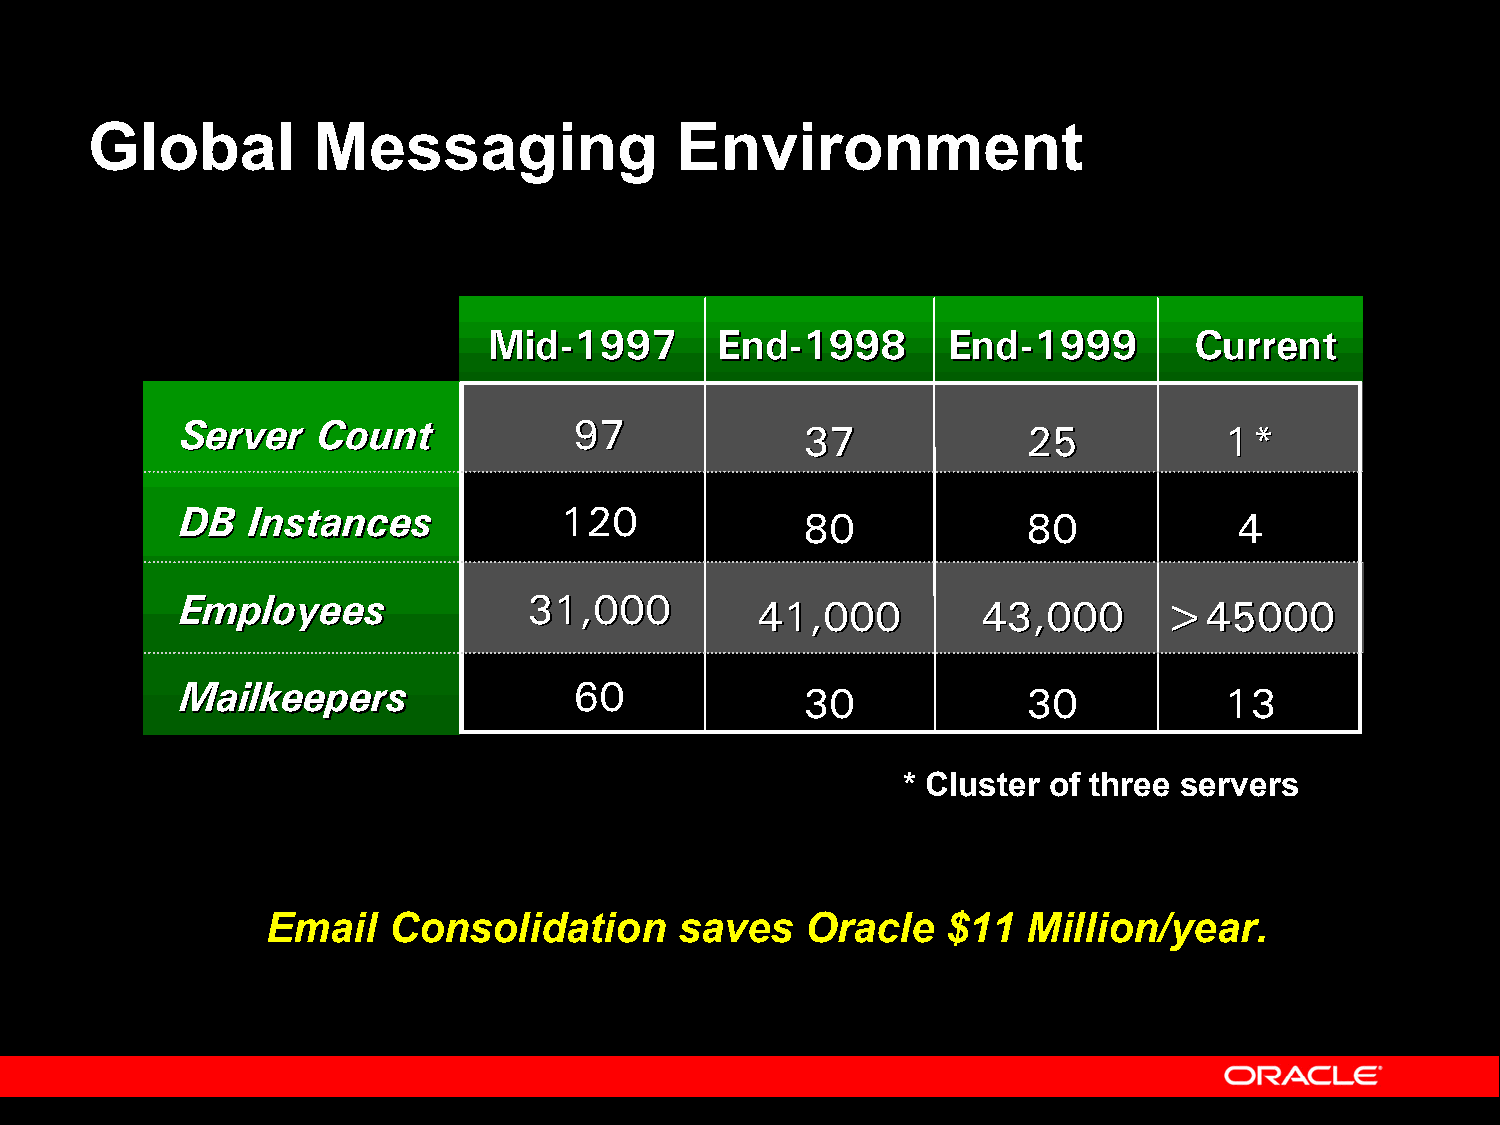
Global         Messaging               Environment
 MMiidd--11999977 EEnndd--11999988 EEnndd--11999999 CCuurrrreenntt
 SSeerrvveerr CCoouunntt   9977
 3377           2255         11**
 DDBB IInnssttaanncceess  112200
 8800           8800          44
 EEmmppllooyyeeeess     3311,,000000
 4411,,000000   4433,,000000 >>4455000000
 MMaaiillkkeeeeppeerrss    6600
 3300           3300         1133
 * Cluster of three servers
 Email   Consolidation      saves   Oracle    $11  Million/year.